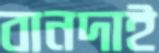
বানদাই